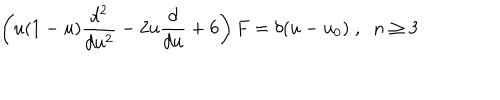
LaTeX: \left( u ( 1 - u ) \frac { d ^ { 2 } } { d u ^ { 2 } } - 2 u \frac { d } { d u } + 6 \right) F = \delta ( u - u _ { 0 } ) \; , \; \; n \geq 3